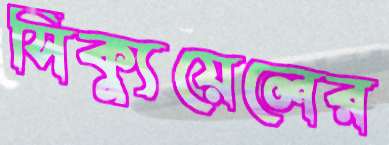
সিক্যুয়েলের